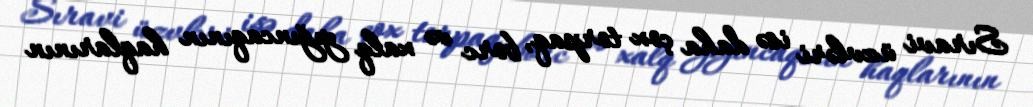
Sıravi üzvləri isə daha çox torpaq, borc və xalq yığıncaqının haqlarının